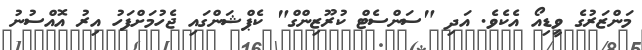
މަންޒަރުގެ ވީޑިއޯ އެކެވެ. އަދި "ސަންސެޓް ކުރޫޒިންގް" ކެޕްޝަންގައި ޖެހުމަށްފަހު އިރު އޮއްސުނު